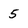
Character: 5